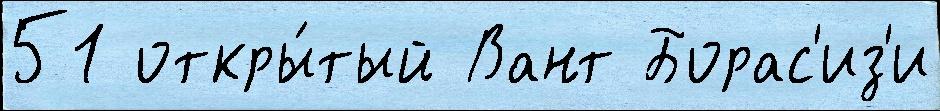
51 откры́тый Вант Борас'из'и